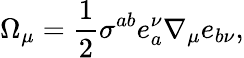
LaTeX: \Omega_{\mu}=\frac{1}{2}\sigma^{ab}e_{a}^{\nu}\nabla_{\mu}e_{b\nu},